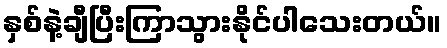
နှစ်နဲ့ချီပြီးကြာသွားနိုင်ပါသေးတယ်။